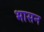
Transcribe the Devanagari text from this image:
भासन